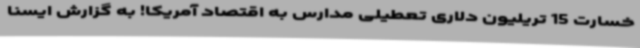
خسارت 15 تریلیون دلاری تعطیلی مدارس به اقتصاد آمریکا! به گزارش ایسنا